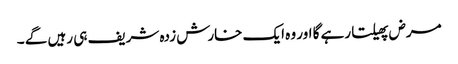
مرض پھیلتا رہے گا اور وہ ایک خارش زدہ شریف ہی رہیں گے ۔